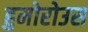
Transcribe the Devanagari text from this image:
हुमोरोउस